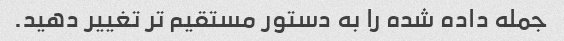
جمله داده شده را به دستور مستقیم تر تغییر دهید.